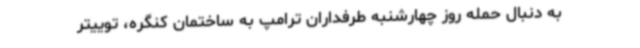
به دنبال حمله روز چهارشنبه طرفداران ترامپ به ساختمان کنگره، توییتر